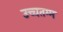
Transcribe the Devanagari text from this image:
उच्चतम्म